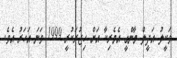
ވަކީލު އަދީލް މާންގީ އެމެރިކާ އަށް ހިޖުރަކުރީ 1999 ވަނަ އަހަރު އެވެ.